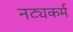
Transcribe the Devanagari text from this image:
नट्यकर्म